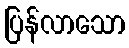
ပြန်လာသော